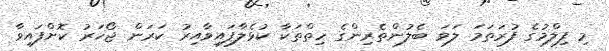
މި ފިލްމުގެ ފުރަތަމަ ލަވަ ބެލުންތެރިންގެ ހިތްތަކާ ކުޅެލާފައިވާއިރު ކަރަން ޖޯހަރު ކޮށްފައިވާ